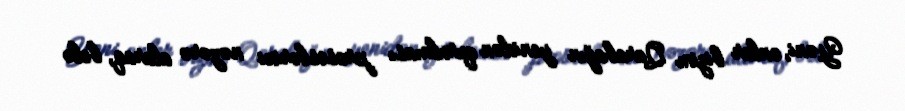
Yəni, onlar bizim Qarabağın yenidən qurulması proseslərini nəzərə alaraq, belə